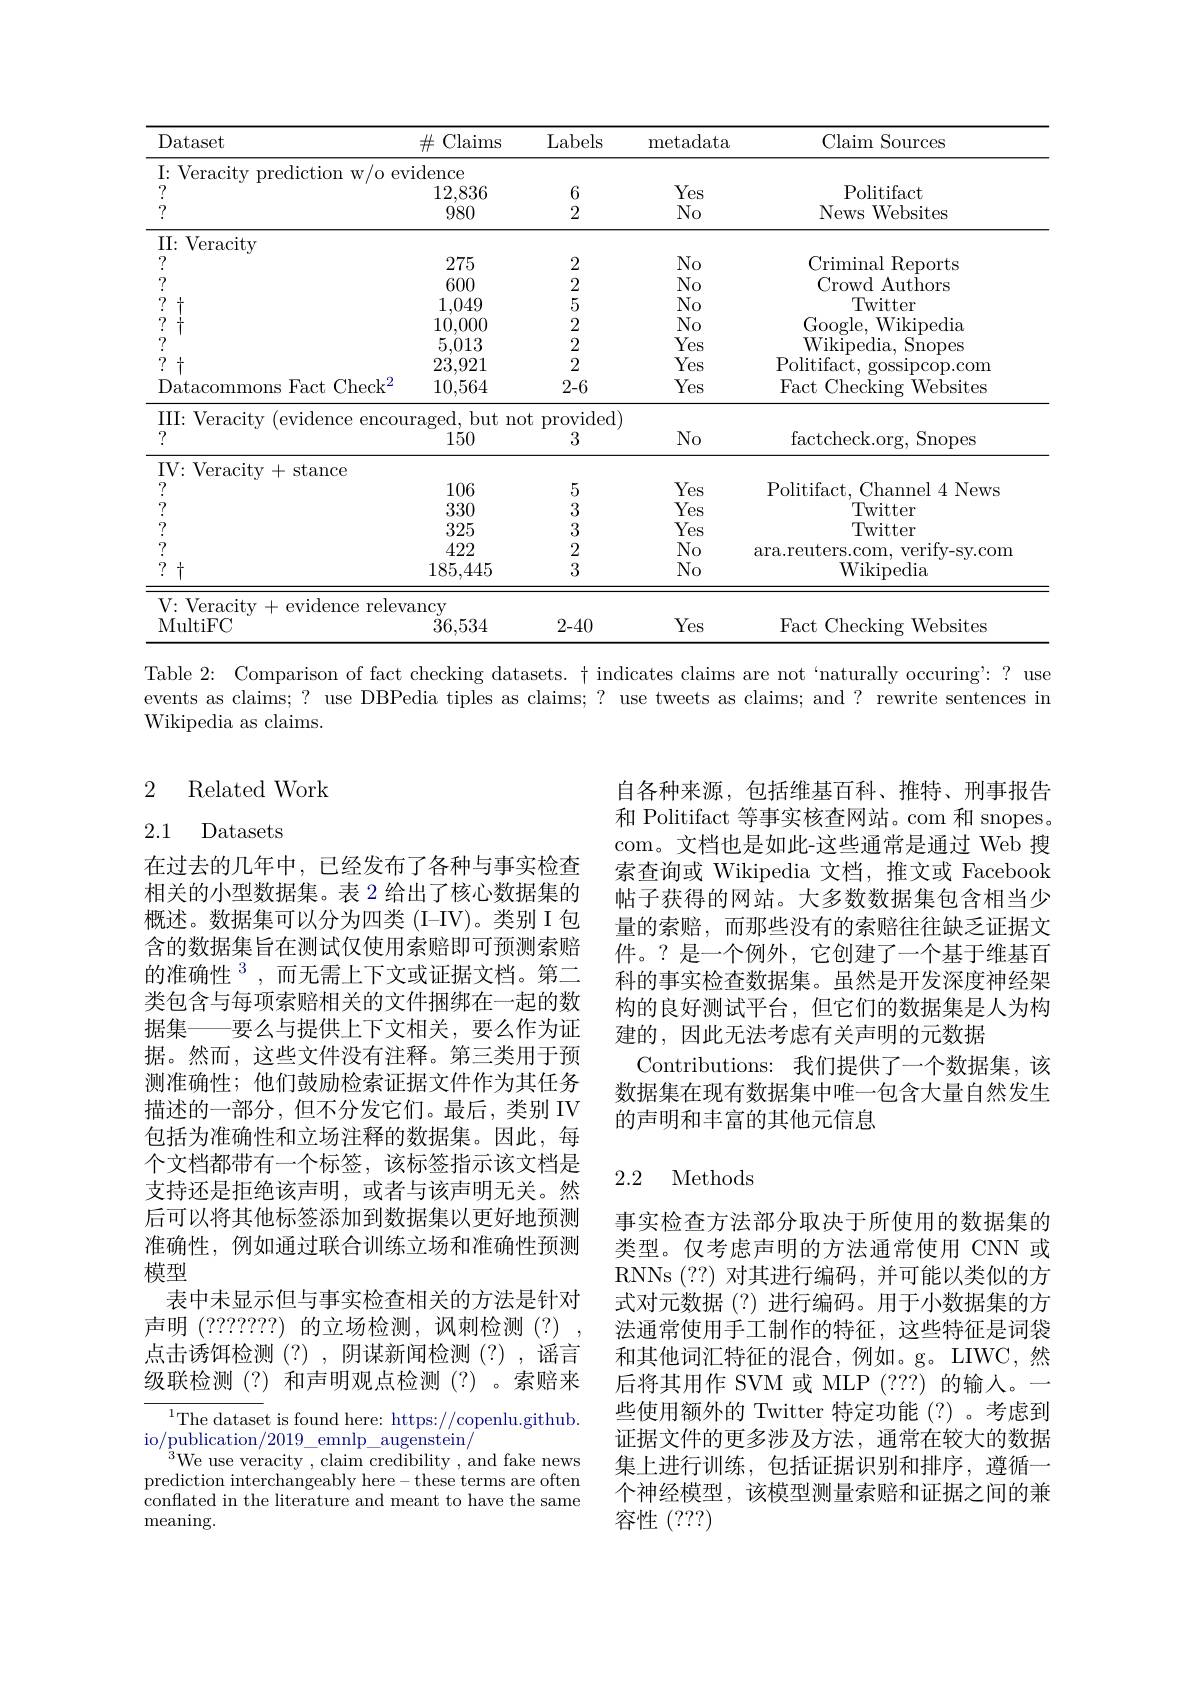
<table>
	<tbody>
		<tr>
			<th>Dataset</th>
			<th>$\#$ Claims 1</th>
			<th>Labels</th>
			<th>metadata</th>
			<th>Claim Sources</th>
		</tr>
		<tr>
			<td>I: Veracity prediction w/o ev ? ?</td>
			<td>$\operatorname{vidence}$ 12,836 980</td>
			<td>6 2</td>
			<td>Yes $No$</td>
			<td>Politifact News Websites</td>
		</tr>
		<tr>
			<td>II: Veracity</td>
			<td> </td>
			<td> </td>
			<td> </td>
			<td> </td>
		</tr>
		<tr>
			<td> </td>
			<td>275</td>
			<td>2</td>
			<td>$NO$</td>
			<td>Criminal Reports</td>
		</tr>
		<tr>
			<td> </td>
			<td>600</td>
			<td>2</td>
			<td> </td>
			<td>Crowd Authors</td>
		</tr>
		<tr>
			<td> </td>
			<td>$L\Lambda$</td>
			<td> </td>
			<td> </td>
			<td>Iwitter</td>
		</tr>
		<tr>
			<td> </td>
			<td>111</td>
			<td>2</td>
			<td> </td>
			<td>$\operatorname{Google}$ Wikipedia</td>
		</tr>
		<tr>
			<td> </td>
			<td>013</td>
			<td>2</td>
			<td>Yes</td>
			<td>Wikipedia, Snopes 11</td>
		</tr>
		<tr>
			<td> </td>
			<td>23,921</td>
			<td>2</td>
			<td>Yes</td>
			<td>Politifact, gossipcop.com</td>
		</tr>
		<tr>
			<td>Datacommons Fact Chec$k^{2}$</td>
			<td>$^{\circ}7^{\circ}$ 10,564</td>
			<td>2-6</td>
			<td>Yes</td>
			<td>Fact t Checking - Websites</td>
		</tr>
		<tr>
			<td>III: Veracity (evidence encou </td>
			<td>$\operatorname{uraged,~b}$ but 150</td>
			<td>$)t$ provided) 3</td>
			<td>$No$</td>
			<td>factcheck. org, Snopes</td>
		</tr>
		<tr>
			<td>IV: Veracitv+ - stance</td>
			<td> </td>
			<td> </td>
			<td> </td>
			<td> </td>
		</tr>
		<tr>
			<td>7</td>
			<td>106</td>
			<td>5</td>
			<td>Yes</td>
			<td>Politifact, Channel 4 News</td>
		</tr>
		<tr>
			<td>7 1</td>
			<td>330</td>
			<td>3</td>
			<td>Yes</td>
			<td>Twitter</td>
		</tr>
		<tr>
			<td>7 1</td>
			<td>325</td>
			<td>3</td>
			<td>Yes</td>
			<td>Twitter</td>
		</tr>
		<tr>
			<td>7 1</td>
			<td>422</td>
			<td>2</td>
			<td>$No$</td>
			<td>verifv-sv.com ara.reuters.com.</td>
		</tr>
		<tr>
			<td>? +</td>
			<td>185,445</td>
			<td>3</td>
			<td>No</td>
			<td>Wikipedia</td>
		</tr>
		<tr>
			<td>V: Veracity +evidence releva MultiFC</td>
			<td>$\operatorname{vancy}$ 36,534</td>
			<td>2-40</td>
			<td>Yes</td>
			<td>Fact 1 Checking gWebsites</td>
		</tr>
	</tbody>
</table>
Table 2: Comparison of fact checking datasets. t indicates claims are not `naturally occuring':? use

events as claims; ? use DBPedia tiples as claims; ? use tweets as claims; and? rewrite sentences in
Wikipedia as claims.

### 2 $\operatorname{Related}$Work

## 2.1 Datasets

自各种来源，包括维基百科、推特、刑事报告和 Politifact 等事实核查网站。com 和 snopes。com。文档也是如此-这些通常是通过 Web 搜索查询或 Wikipedia 文档，推文或 Facebook 帖子获得的网站。大多数数据集包含相当少量的索赔，而那些没有的索赔往往缺乏证据文件。?是一个例外，它创建了一个基于维基百科的事实检查数据集。虽然是开发深度神经架构的良好测试平台，但它们的数据集是人为构建的，因此无法考虑有关声明的元数据
Contributions: 我们提供了一个数据集，该数据集在现有数据集中唯一包含大量自然发生的声明和丰富的其他元信息

在过去的几年中，已经发布了各种与事实检查相关的小型数据集。表 2 给出了核心数据集的概述。数据集可以分为四类 (I-IV)。类别 I 包含的数据集旨在测试仅使用索赔即可预测索赔的准确性$^{3}$,而无需上下文或证据文档。第二类包含与每项索赔相关的文件捆绑在一起的数据集——要么与提供上下文相关，要么作为证据。然而，这些文件没有注释。第三类用于预测准确性；他们鼓励检索证据文件作为其任务描述的一部分，但不分发它们。最后，类别 IV 包括为准确性和立场注释的数据集。因此，每个文档都带有一个标签，该标签指示该文档是支持还是拒绝该声明，或者与该声明无关。然后可以将其他标签添加到数据集以更好地预测准确性，例如通过联合训练立场和准确性预测模型
表中未显示但与事实检查相关的方法是针对声明(???????)的立场检测，讽刺检测(?) 点击诱饵检测(?),阴谋新闻检测(?),谣言级联检测(?)和声明观点检测(?)。索赔来
$^{1}$The dataset is found here: https://copenlu.github.
io/publication/2019\_emnlp\_augenstein/
$^{^{3}}$We use veracity , claim credibility , and fake news prediction interchangeably here-these terms are often conflated in the literature and meant to have the same

### 2.2 Methods

事实检查方法部分取决于所使用的数据集的类型。仅考虑声明的方法通常使用 CNN 或RNNs (??)对其进行编码，并可能以类似的方式对元数据(?)进行编码。用于小数据集的方法通常使用手工制作的特征，这些特征是词袋和其他词汇特征的混合，例如。g。LIWC,然后将其用作 SVM 或 MLP (???) 的输人。一些使用额外的 Twitter 特定功能 (?)。考虑到证据文件的更多涉及方法，通常在较大的数据集上进行训练，包括证据识别和排序，遵循一个神经模型，该模型测量索赔和证据之间的兼容性(???)

${\mathrm{meaning}}.$